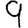
Digit: 9